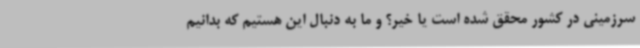
سرزمینی در کشور محقق شده است یا خیر؟ و ما به دنبال این هستیم که بدانیم